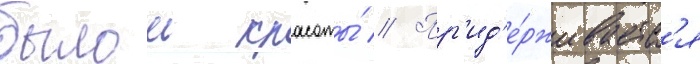
былои красоты́ // Пр'ид'е́рживаетс'я